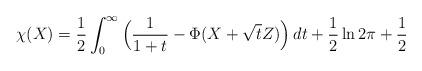
LaTeX: \begin{align*} \chi(X) = \frac{1}{2} \int_0^{\infty} \Big( \frac{1}{1+t} - \Phi( X + \sqrt{t}Z ) \Big) \, dt + \frac{1}{2} \ln 2\pi + \frac{1}{2} \end{align*}